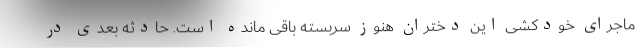
ماجرای خودکشی این دختران هنوز سربسته باقی مانده است. حادثه بعدی در